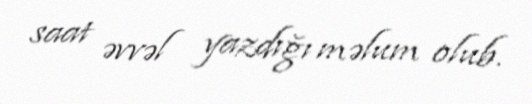
saat əvvəl yazdığı məlum olub.